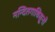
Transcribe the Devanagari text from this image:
नन्दितगाधिसूनो